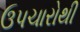
ઉપચારોથી